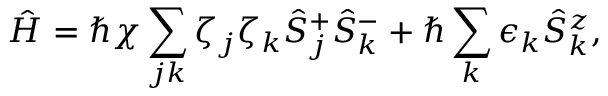
\hat { H } = \hbar \chi \sum _ { j k } \zeta _ { j } \zeta _ { k } \hat { S } _ { j } ^ { + } \hat { S } _ { k } ^ { - } + \hbar \sum _ { k } \epsilon _ { k } \hat { S } _ { k } ^ { z } ,